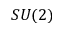
S U ( 2 )